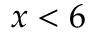
x < 6